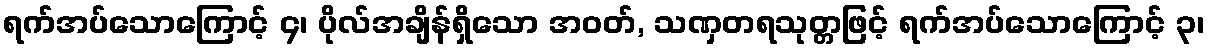
ရက်အပ်သောကြောင့် ၄၊ ပိုလ်အချိန်ရှိသော အဝတ်, သဏှတရသုတ္တဖြင့် ရက်အပ်သောကြောင့် ၃၊